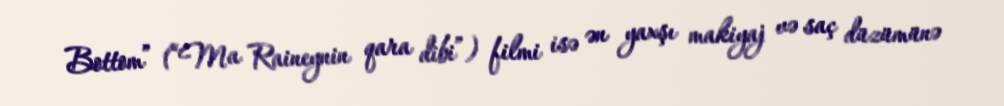
Bottom” (“Ma Raineynin qara dibi”) filmi isə ən yaxşı makiyaj və saç düzümünə